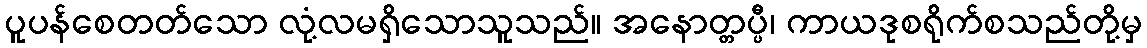
ပူပန်စေတတ်သော လုံ့လမရှိသောသူသည်။ အနောတ္တပ္ပီ၊ ကာယဒုစရိုက်စသည်တို့မှ